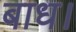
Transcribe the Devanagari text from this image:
बाध।